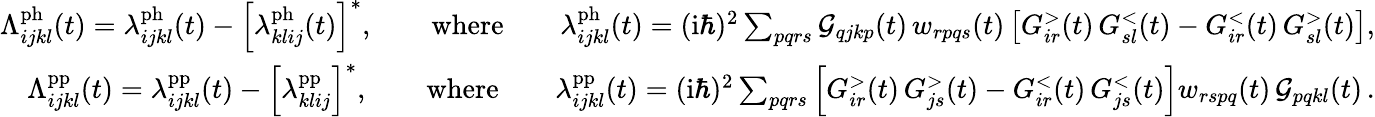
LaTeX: \begin{array}{r}{\Lambda_{ijkl}^{\mathrm{ph}}(t)=\lambda_{ijkl}^{\mathrm{ph}}(t)-\left[\lambda_{klij}^{\mathrm{ph}}(t)\right]^{*},\qquad\mathrm{where}\qquad\lambda_{ijkl}^{\mathrm{ph}}(t)=(\mathrm{i}\hbar)^{2}\sum_{pqrs}\mathcal{G}_{qjkp}(t)\, w_{rpqs}(t)\left[G_{ir}^{>}(t)\, G_{sl}^{<}(t)-G_{ir}^{<}(t)\, G_{sl}^{>}(t)\right],}\\ {\Lambda_{ijkl}^{\mathrm{pp}}(t)=\lambda_{ijkl}^{\mathrm{pp}}(t)-\left[\lambda_{klij}^{\mathrm{pp}}\right]^{*},\qquad\mathrm{where}\qquad\lambda_{ijkl}^{\mathrm{pp}}(t)=(\mathrm{i}\hbar)^{2}\sum_{pqrs}\left[G_{ir}^{>}(t)\, G_{js}^{>}(t)-G_{ir}^{<}(t)\, G_{js}^{<}(t)\right]w_{rspq}(t)\, \mathcal{G}_{pqkl}(t)\, .}\end{array}